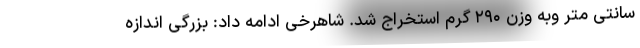
سانتی متر وبه وزن ۲۹۰ گرم استخراج شد. شاهرخی ادامه داد: بزرگی اندازه